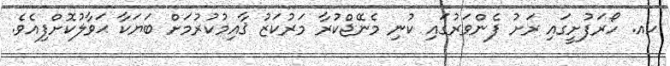
ހއ. ހޯރަފުށީގައި ރަށު ފެންވަރުގައި ކުނި މެނޭޖްކުރާ މަރުކަޒު ޤާއިމުކުރުމަށް ބަޔަކާ ޙަވާލުކޮށްފިއެވެ.